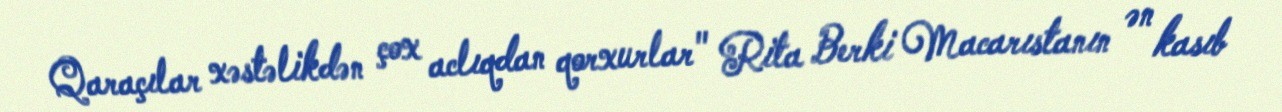
Qaraçılar xəstəlikdən çox aclıqdan qorxurlar" Rita Berki Macarıstanın ən kasıb